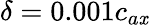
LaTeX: \delta=0.001c_{a\mathit{x}}